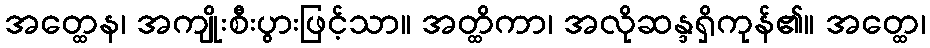
အတ္ထေန၊ အကျိုးစီးပွားဖြင့်သာ။ အတ္ထိကာ၊ အလိုဆန္ဒရှိကုန်၏။ အတ္ထေ၊